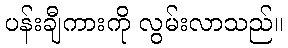
ပန်းချီကားကို လွမ်းလာသည်။